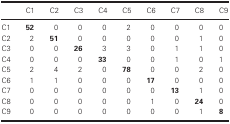
<table><thead><tr><td></td><td><b>C1</b></td><td><b>C2</b></td><td><b>C3</b></td><td><b>C4</b></td><td><b>C5</b></td><td><b>C6</b></td><td><b>C7</b></td><td><b>C8</b></td><td><b>C9</b></td></tr></thead><tbody><tr><td>C1</td><td><b>52</b></td><td>0</td><td>0</td><td>0</td><td>2</td><td>0</td><td>0</td><td>0</td><td>0</td></tr><tr><td>C2</td><td>2</td><td><b>51</b></td><td>0</td><td>0</td><td>0</td><td>0</td><td>0</td><td>1</td><td>0</td></tr><tr><td>C3</td><td>0</td><td>0</td><td><b>26</b></td><td>3</td><td>3</td><td>0</td><td>1</td><td>1</td><td>0</td></tr><tr><td>C4</td><td>0</td><td>0</td><td>0</td><td><b>33</b></td><td>0</td><td>0</td><td>1</td><td>0</td><td>1</td></tr><tr><td>C5</td><td>2</td><td>4</td><td>2</td><td>0</td><td><b>78</b></td><td>0</td><td>0</td><td>2</td><td>0</td></tr><tr><td>C6</td><td>1</td><td>1</td><td>0</td><td>0</td><td>0</td><td><b>17</b></td><td>0</td><td>0</td><td>0</td></tr><tr><td>C7</td><td>0</td><td>0</td><td>0</td><td>0</td><td>0</td><td>0</td><td><b>13</b></td><td>1</td><td>0</td></tr><tr><td>C8</td><td>0</td><td>0</td><td>0</td><td>0</td><td>0</td><td>1</td><td>0</td><td><b>24</b></td><td>0</td></tr><tr><td>C9</td><td>0</td><td>0</td><td>0</td><td>0</td><td>0</td><td>0</td><td>0</td><td>1</td><td><b>8</b></td></tr></tbody></table>